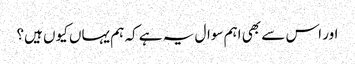
اور اس سے بھی اہم سوال یہ ہے کہ ہم یہاں کیوں ہیں؟